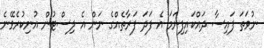
ނުވަތަ ފައިސާ ދައްކައިފިނަމަ އެ ފަދަ ފަރާތެއްގެ ނަން އެ ލިސްޓުން އުނިކުރެވޭނެ